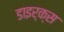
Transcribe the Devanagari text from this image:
डाइर्क्स